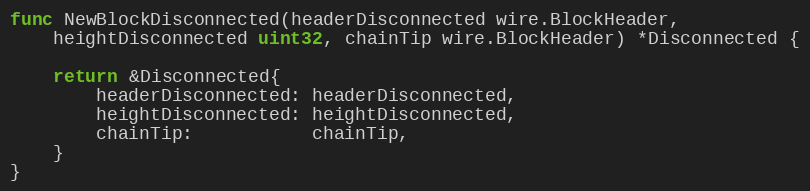
Language: Go
func NewBlockDisconnected(headerDisconnected wire.BlockHeader,
	heightDisconnected uint32, chainTip wire.BlockHeader) *Disconnected {

	return &Disconnected{
		headerDisconnected: headerDisconnected,
		heightDisconnected: heightDisconnected,
		chainTip:           chainTip,
	}
}